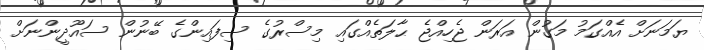
ޔަމަނަށް އެއްގަމު މަގުން އަރަން ޖެހިއްޖެ ޙާލަތެއްގައި މިސްރުގެ ސިފައިންގެ ބޭނުން ސައޫދީންނަށް